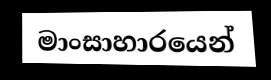
මාංසාහාරයෙන්